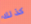
كذلك